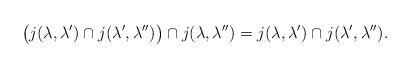
LaTeX: \begin{align*}\big(j(\lambda,\lambda')\cap j(\lambda',\lambda'')\big)\cap j(\lambda,\lambda'')=j(\lambda,\lambda')\cap j(\lambda',\lambda'').\end{align*}